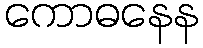
ကောဓနေန